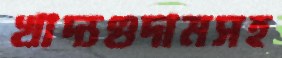
খাদ্যগুদামসহ